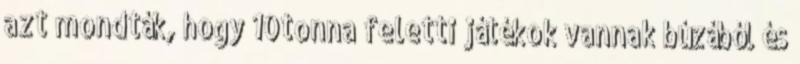
azt mondták, hogy 10tonna feletti játékok vannak búzából és